Indian journal of veterinary science and animal husbandry - Volume 14,
Year: 1944
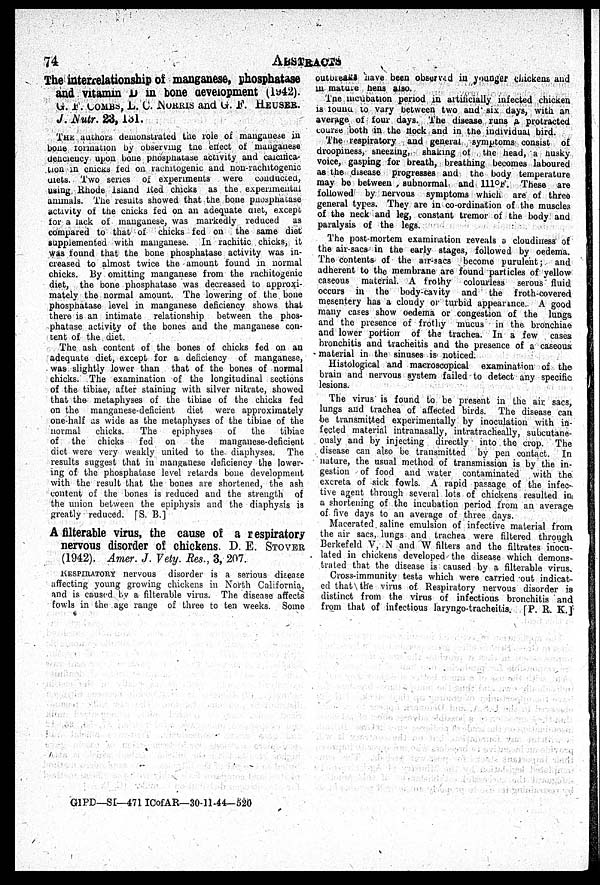
74
ABSTRACTS
The interrelationship of manganese, phosphatase
and vitamin D in bone development (1942).
G. F. COMBS, L. C. NORRIS and G. F. HEUSER.
J. Nutr. 23, 131.
THE authors demonstrated the role of manganese in
bone formation by observing the effect of manganese
deficiency upon bone phosphatase activity and calcifica-
tion in chicks fed on rachitogenic and non-rachitogenic
qiets. Two series of experiments were conducted,
using Rhode Island Red chicks as the experimental
animals. The results showed that the bone phosphatase
activity of the chicks fed on an adequate diet, except
for a lack of manganese, was markedly reduced
as
compared to that of chicks fed on the same diet
supplemented with manganese. In rachitic chicks, it
was found that the bone phosphatase activity was in-
creased to almost twice the amount found in normal
chicks. By omitting manganese from the rachitogenic
diet, the bone phosphatase was decreased to approxi-
mately the normal amount. The lowering of the bone
phosphatase level in manganese deficiency shows that
there is an intimate relationship between the phos-
phatase activity of the bones and the manganese con-
tent of the diet.
The ash content of the bones of chicks fed on an
adequate diet, except for a deficiency of manganese,
was slightly lower than that of the bones of normal
chicks. The examination of the longitudinal sections
of the tibiae, after staining with silver nitrate, showed
that the metaphyses of the tibiae of the chicks fed
on the manganese-deficient diet were approximately
one-half as wide as the metaphyses of the tibiae of the
normal
chicks.
The
epiphyses
of
the
tibiae
of the chicks
fed on
the
manganese-deficient
diet were very weakly united to the diaphyses. The
results suggest that in manganese deficiency the lower-
ing of the phosphatase level retards bone development
with the result that the bones are shortened, the ash
content of the bones is reduced and the strength of
the union between the epiphysis and the diaphysis is
greatly reduced. [S. B.]
A filterable virus, the cause of a respiratory
nervous disorder of chickens. D. E. STOVER
(1942). Amer. J. Vety. Res., 3, 207.
RESPIRATORY nervous disorder is a serious disease
affecting young growing chickens in North California,
and is caused by a filterable virus. The disease affects
fowls in the age range of three to ten weeks. Some
outbreaks have been observed in younger chickens and
in mature hens also.
The incubation period in artificially infected chicken
is found to vary between two and six days, with an
average of four days. The disease runs a protracted
course both in the flock and in the individual bird.
The respiratory and general symptoms consist of
droopiness, sneezing, shaking of the head, a husky
voice, gasping for breath, breathing becomes laboured
as the disease progresses and the body temperature
may be between subnormal and 111°F. These are
followed by nervous symptoms which are of three
general types. They are in co-ordination of the muscles
of the neck and leg, constant tremor of the body and
paralysis of the legs.
The post-mortem examination reveals a cloudiness of
the air-sacs in the early stages, followed by oedema.
The contents of the air-sacs become purulent;
and
adherent to the membrane are found particles of yellow
caseous material. A frothy
colourless serous fluid
occurs in the body-cavity and the froth-covered
mesentery has a cloudy or turbid appearance. A good
many cases show oedema or congestion of the lungs
and the presence of frothy mucus in the bronchiae
and lower portion of the trachea. In a few cases
bronchitis and tracheitis and the presence of a caseous
material in the sinuses is noticed.
Histological and macroscopical examination of the
brain and nervous system failed to detect any specific
lesions.
The virus is found to be present in the air sacs,
lungs and trachea of affected birds. The disease can
be transmitted experimentally by inoculation with in-
fected material intranasally, intratracheally, subcutane-
ously and by injecting directly into the crop. The
disease can also be transmitted by pen contact. In
nature, the usual method of transmission is by the in-
gestion of food and water contaminated
with the
excreta of sick fowls. A rapid passage of the infec-
tive agent through several lots of chickens resulted in
a shortening of the incubation period from an average
of five days to an average of three days.
Macerated saline emulsion of infective material from
the air sacs, lungs and trachea were filtered through
Berkefeld V, N and W filters and the filtrates inocu-
lated in chickens developed the disease which demons-
trated that the disease is caused by a filterable virus.
Cross-immunity tests which were carried out indicat-
ed that the virus of Respiratory nervous disorder is
distinct from the virus of infectious bronchitis and
from that of infectious laryngo-tracheitis. [P. R. K.]
GIPD—SI—471 ICofAR—30-11-44—520